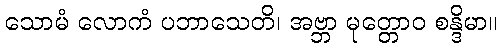
သောမံ လောကံ ပဘာသေတိ၊ အဗ္ဘာ မုတ္တောဝ စန္ဒိမာ။